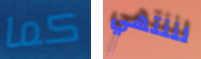
كما لننتهي